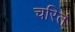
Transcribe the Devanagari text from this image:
चरितं